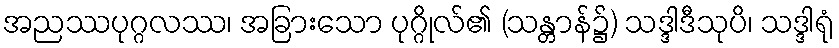
အညဿပုဂ္ဂလဿ၊ အခြားသော ပုဂ္ဂိုလ်၏ (သန္တာန်၌) သဒ္ဒါဒီသုပိ၊ သဒ္ဒါရုံ